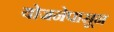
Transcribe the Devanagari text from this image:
योजनेपासून